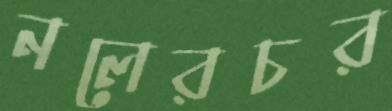
নলেরচর